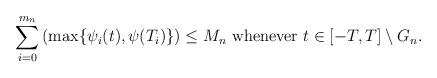
LaTeX: \begin{align*}\sum_{i=0}^{m_n}\left(\max\{\psi_i (t), \psi ( T_i)\}\right) \leq M_n\ \textrm{whenever $ t \in [-T, T]\setminus G_n$}.\end{align*}